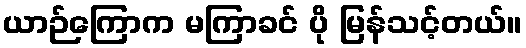
ယာဉ်ကြောက မကြာခင် ပို မြန်သင့်တယ်။